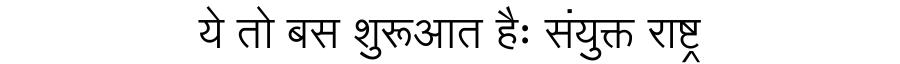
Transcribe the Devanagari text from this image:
ये तो बस शुरूआत हैः संयुक्त राष्ट्र